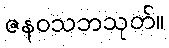
ဇနဝသဘသုတ်။